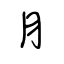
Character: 月